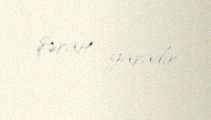
şərait yaradır.